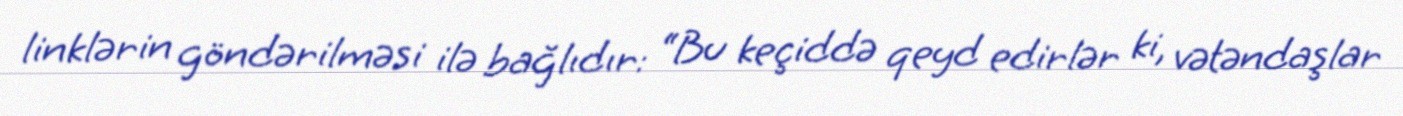
linklərin göndərilməsi ilə bağlıdır: “Bu keçiddə qeyd edirlər ki, vətəndaşlar